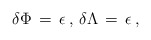
\begin{align*}\delta \Phi\,=\,\epsilon \,,\,\delta \Lambda\,=\,\epsilon\,,\end{align*}